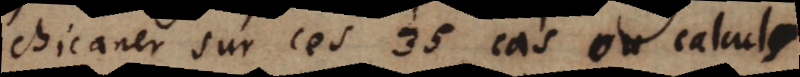
chicaner sur ces 35 cas ou calculs